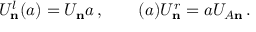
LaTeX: U _ { \bf n } ^ { l } ( a ) = U _ { \bf n } a \, , \qquad ( a ) U _ { \bf n } ^ { r } = a U _ { A \bf n } \, .